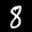
Label: 8